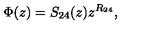
\Phi ( z ) = S _ { 2 4 } ( z ) z ^ { R _ { 2 4 } } ,